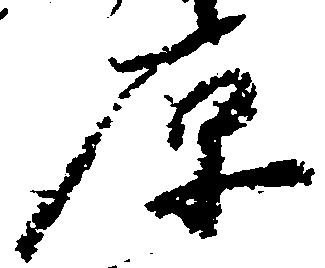
原